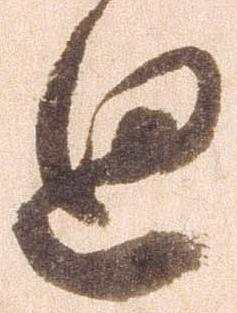
廻